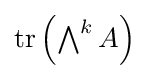
{\textstyle \operatorname {tr} \left(\bigwedge ^{k}A\right)}